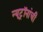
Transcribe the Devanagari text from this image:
न्यूट्रॉनांची